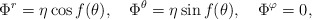
\begin{align*}\Phi^r= \eta \cos f(\theta),~~~\Phi^{\theta}= \eta \sin f(\theta),~~~\Phi^{\varphi}=0,\end{align*}